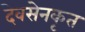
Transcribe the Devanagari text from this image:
देवसेनकृत